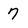
Character: 7